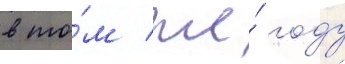
в то́м же́ году